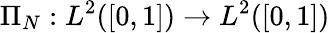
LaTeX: \Pi_{N}:L^{2}([0,1])\to L^{2}([0,1])